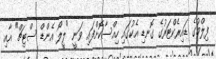
ފިލްމުގެ ޑައިރެކްޓަރުގެ ގޮނޑި އެކުގައި ހިއްސާކޮށްފައި ވަނީ "ލީލޯ އެންޑް ސްޓިޗް" އާއި